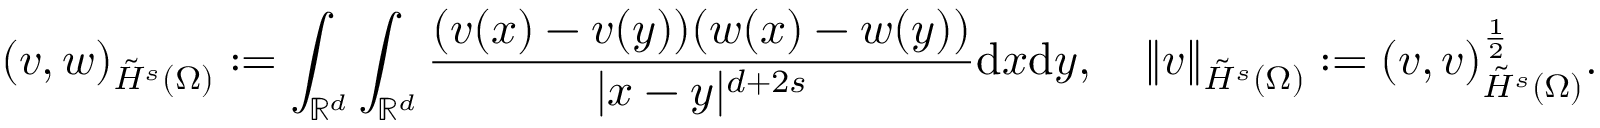
( v , w ) _ { \tilde { H } ^ { s } ( \Omega ) } : = \int _ { \mathbb { R } ^ { d } } \int _ { \mathbb { R } ^ { d } } \frac { ( v ( x ) - v ( y ) ) ( w ( x ) - w ( y ) ) } { | x - y | ^ { d + 2 s } } \mathrm { d } x \mathrm { d } y , \quad \| v \| _ { \tilde { H } ^ { s } ( \Omega ) } : = ( v , v ) _ { \tilde { H } ^ { s } ( \Omega ) } ^ { \frac { 1 } { 2 } } .